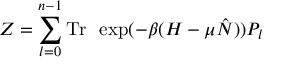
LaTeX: Z = \sum _ { l = 0 } ^ { n - 1 } \mathrm { T r \thinspace ~ } \exp ( - \beta ( H - \mu \hat { N } ) ) P _ { l }